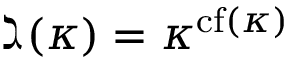
\gimel ( \kappa ) = \kappa ^ { { \mathrm { c f } } ( \kappa ) }